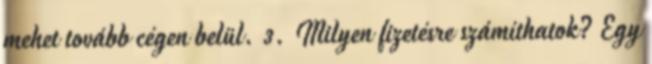
mehet tovább cégen belül. 3. Milyen fizetésre számíthatok? Egy